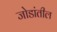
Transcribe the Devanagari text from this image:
जोडांतील